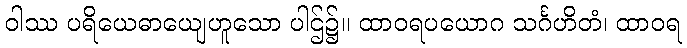
ဝါဿ ပရိယေဓာယျေဟူသော ပါဌ်၌။ ထာဝရပယောဂ သင်္ဂဟိတံ၊ ထာဝရ